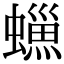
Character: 𧑳